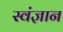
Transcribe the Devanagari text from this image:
स्वंज्ञान